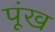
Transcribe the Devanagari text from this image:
पूंख